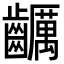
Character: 𪙺